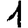
Digit: 1